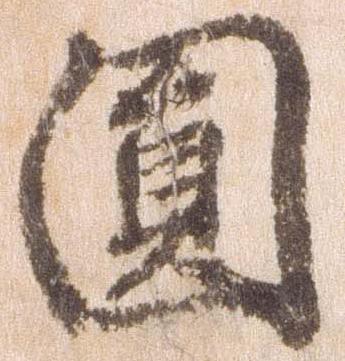
円